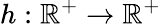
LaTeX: h:\mathbb{R}^{+}\rightarrow\mathbb{R}^{+}